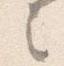
之